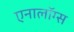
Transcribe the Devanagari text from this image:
एनालॉग्स